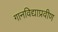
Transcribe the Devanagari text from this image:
गानविद्याप्रवीण